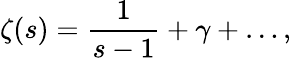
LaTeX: \zeta(s)=\frac{1}{s-1}+\gamma+\dots,